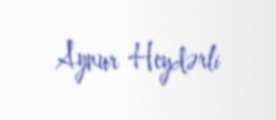
Aynur Heydərli